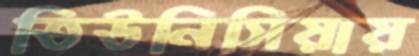
তিউনিসিয়ায়